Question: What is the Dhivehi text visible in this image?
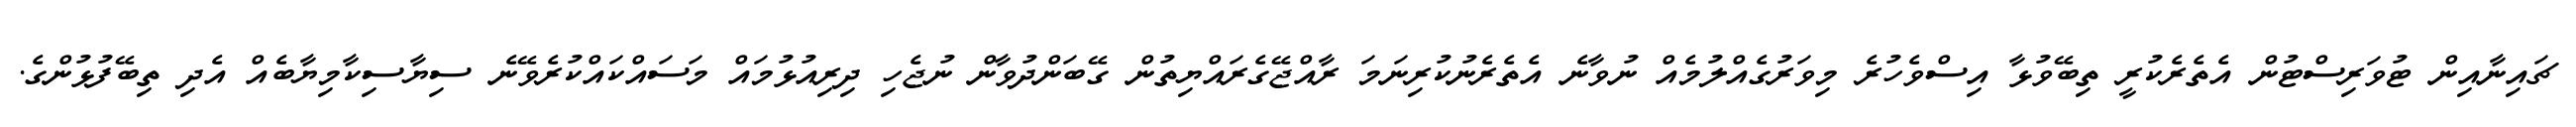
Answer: ޗައިނާއިން ޓުވަރިސްޓުން އެތެރެކުރީ ތިބޭވުޅާ އިސްވެހުރެ މިވަރުގެއްލުމެއް ނުވާނެ އެތެރެނުކުރިނަމަ ރާއްޖޭގެރައްޔިތުން ގޭބަންދުވާން ނުޖެހި ދިރިއުޅުމައް މަސައްކައްކުރެވޭނެ ސިޔާސިކާމިޔާބެއް އެދި ތިބޭފުޅުންގެ.